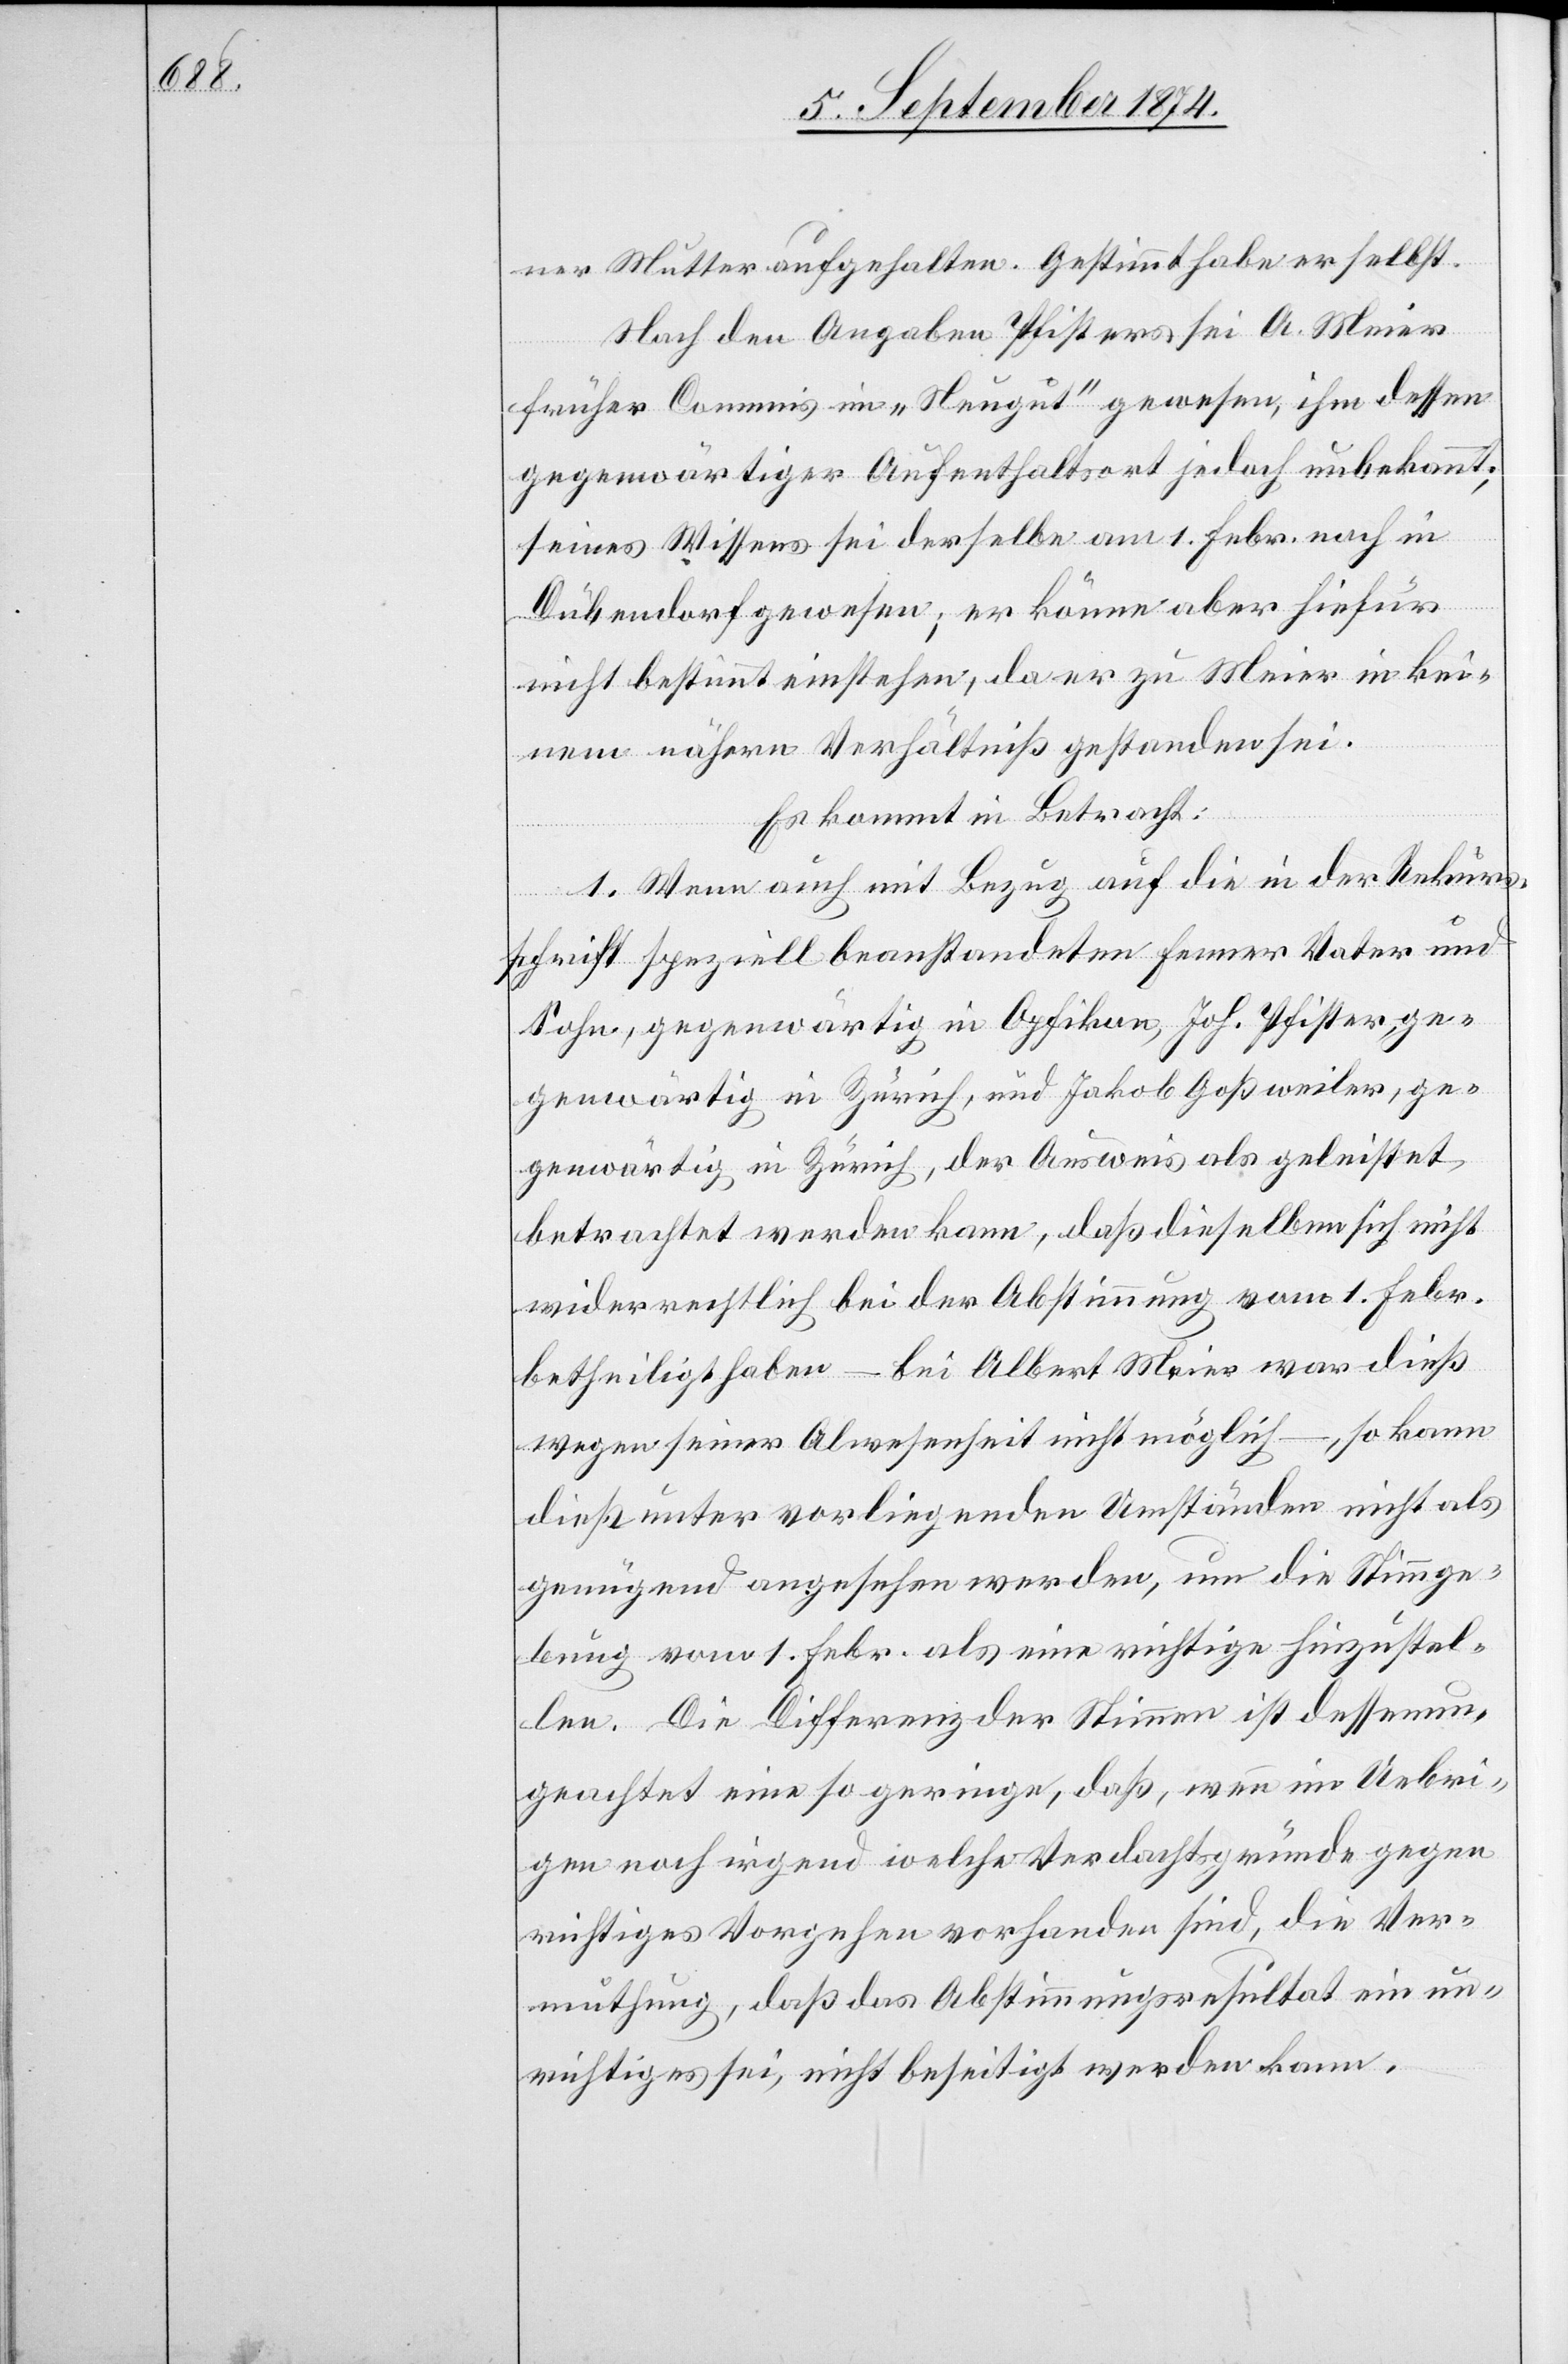
ner Mutter aufgehalten. Gestimmt habe er selbst.
Nach den Angaben Pfisters sei A. Meier
früher Commis im „Neugut“ gewesen, ihm dessen
gegenwärtiger Aufenthaltsort jedoch unbekannt;
seines Wissens sei derselbe am 1. Febr. noch in
Dübendorf gewesen; er könne aber hiefür
nicht bestimmt einstehen, da er zu Meier in kei¬
nem nähern Verhältniß gestanden sei.
Es kommt in Betracht:
1. Wenn auch mit Bezug auf die in der Rekurs¬
schrift speziell beanstandeten Fenner, Vater und
Sohn, gegenwärtig in Opfikon, Joh. Pfister, ge¬
genwärtig in Zürich, und Jakob Goßweiler, ge¬
genwärtig in Zürich, der Ausweis als geleistet
betrachtet werden kann, daß dieselben sich nicht
widerrechtlich bei der Abstimmung vom 1. Febr.
betheiligt haben – bei Albert Meier war dieß
wegen seiner Abwesenheit nicht möglich –, so kann
dieß unter vorliegenden Umständen nicht als
genügend angesehen werden, um die Stimmge¬
bung vom 1. Febr. als eine nichtige hinzustel¬
len. Die Differenz der Stimmen ist dessenun¬
geachtet eine so geringe, daß, wenn im Uebri¬
gen noch irgend welche Verdachtsgründe gegen
richtiges Vorgehen vorhanden sind, die Ver¬
muthung, daß das Abstimmungsresultat ein un¬
richtiges sei, nicht beseitigt werden kann.